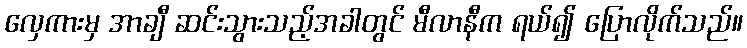
လှေကားမှ အာချီ ဆင်းသွားသည့်အခါတွင် မီလာနီက ရယ်၍ ပြောလိုက်သည်။